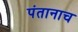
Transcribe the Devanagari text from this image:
पंतानाच